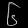
Digit: ၆